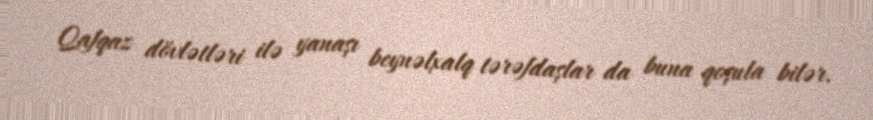
Qafqaz dövlətləri ilə yanaşı beynəlxalq tərəfdaşlar da buna qoşula bilər.